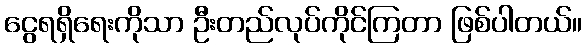
ငွေရရှိရေးကိုသာ ဦးတည်လုပ်ကိုင်ကြတာ ဖြစ်ပါတယ်။